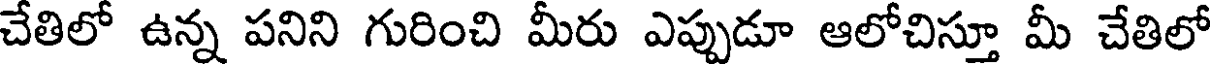
చేతిలో ఉన్న పనిని గురించి మీరు ఎప్పుడూ ఆలోచిస్తూ మీ చేతిలో